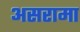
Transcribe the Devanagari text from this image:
असरामा